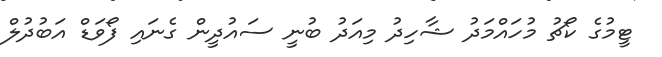
ޓީމުގެ ކޯޗު މުހައްމަދު ޝާހިދު މިއަދު ބުނީ ސައުދީން ގެނައި ފޯވަޑް އަބުދުލް